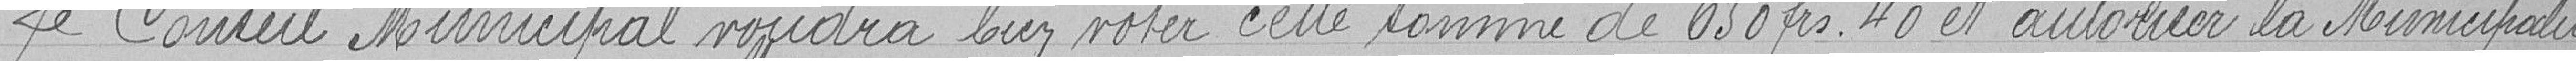
Le Conseil Municipal voudra bien noter cette somme de 650 francs 40 et autoriser la Municipalité